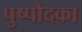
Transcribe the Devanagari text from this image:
पुष्पोदका